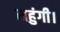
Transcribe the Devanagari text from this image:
सहुंगी।